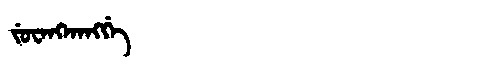
Manchu: ᠵᡠᠸᠠᠩᡴᠠᠩᡤᡝ
Romanization: JUWANGKANGGE